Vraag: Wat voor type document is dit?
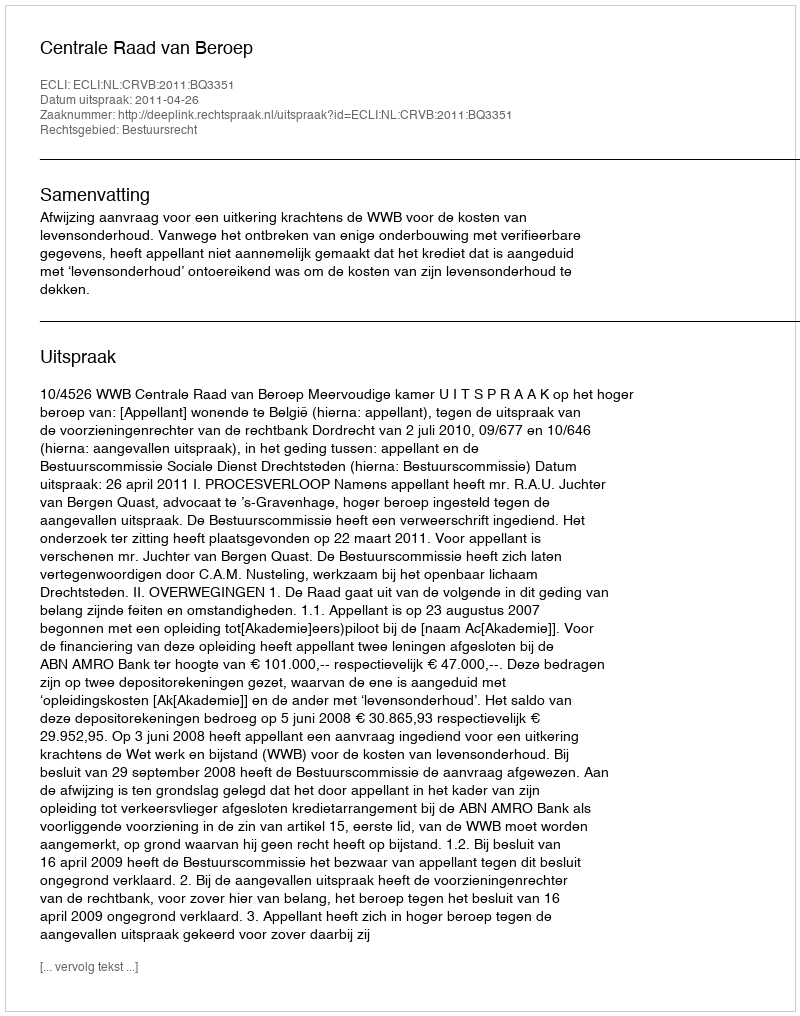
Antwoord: Uitspraak